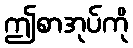
ဤစာအုပ်ကို